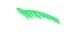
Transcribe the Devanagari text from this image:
विरहव्यथा